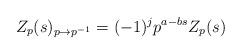
LaTeX: \begin{align*}Z_p(s)_{p \rightarrow p^{-1}} = (-1)^j p^{a-bs}Z_p(s) \end{align*}